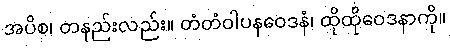
အပိစ၊ တနည်းလည်း။ တံတံဝါပနဝေဒနံ၊ ထိုထိုဝေဒနာကို။